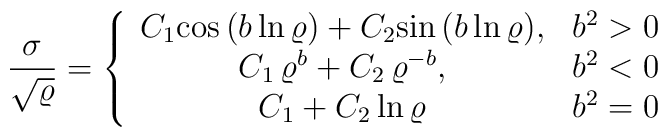
\frac{\sigma}{\sqrt{\varrho}} =\left\{\begin{array}{ccc}C_1 {\rm cos}\, (b\,{\rm ln}\,\varrho) + C_2 {\rm sin}\,(b\,{\rm ln}\,\varrho),& b^2 > 0 \\C_1\, \varrho^b + C_2\, \varrho^{-b}, & b^2 < 0 \\C_1 + C_2\, {\rm ln}\,\varrho & b^2 = 0\end{array}\right.